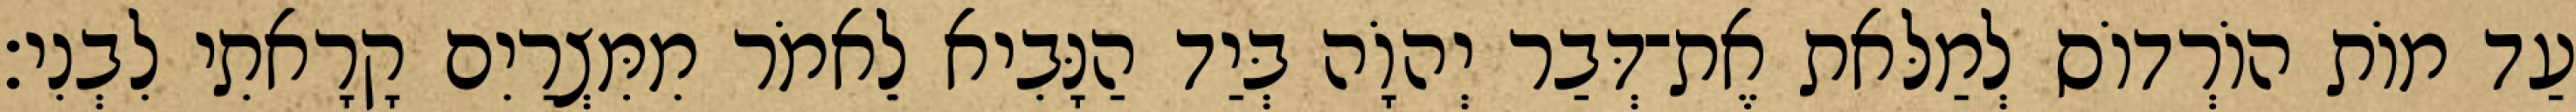
עַד מוֹת הוֹרְדוֹס לְמַלּאת אֶת־דְּבַר יְהוָֹה בְּיַד הַנָּבִיא לֵאמֹר מִמִּצְרַיִם קָרָאתִי לִבְנִי׃